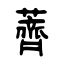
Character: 薺